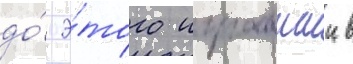
до́ э́того игравшии в